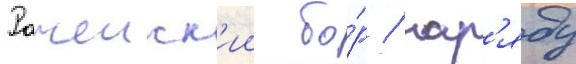
Рачеиск'ии бо́р / нар'яду